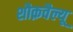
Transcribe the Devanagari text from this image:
शौक़वैल्यू